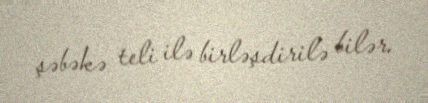
şəbəkə teli ilə birləşdirilə bilər.